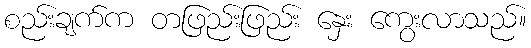
စည်းချက်က တဖြည်းဖြည်း နှေး ကွေးလာသည်။